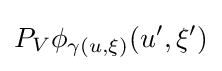
P_{V}\phi _{\gamma (u,\xi )}(u',\xi ')